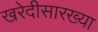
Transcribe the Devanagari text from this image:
खरेदीसारख्या